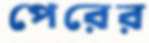
পেরের